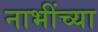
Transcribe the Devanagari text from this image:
नाभींच्या